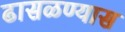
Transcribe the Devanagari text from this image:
ढासळण्यास